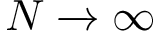
N \xrightarrow { } \infty